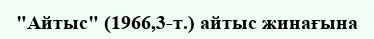
"Айтыс" (1966,3-т.) айтыс жинағына